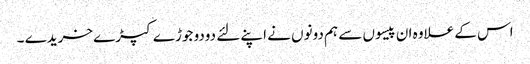
اس کے علاوہ ان پیسوں سے ہم دونوں نے اپنے لئے دودو جوڑے کپڑے خریدے ۔